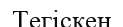
Тегіскен